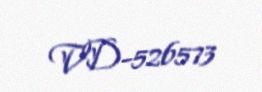
VD-526573